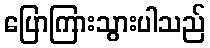
ပြောကြားသွားပါသည်